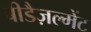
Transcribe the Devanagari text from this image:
बीडैज़ल्मेंट